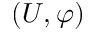
( U , \varphi )